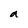
Character: a